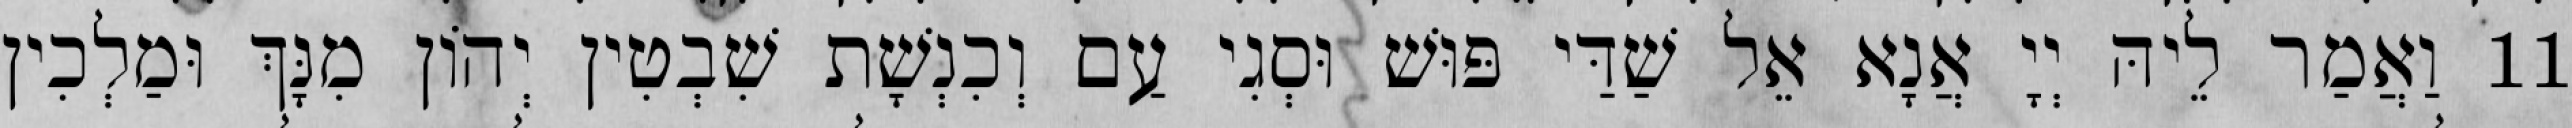
11 וַאֲמַר לֵיהּ יְיָ אֲנָא אֵל שַׁדַּי פּוּשׁ וּסְגִי עַם וְכִנְשָׁת שִׁבְטִין יְהוֹן מִנָּךְ וּמַלְכִין